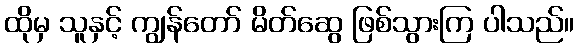
ထိုမှ သူနှင့် ကျွန်တော် မိတ်ဆွေ ဖြစ်သွားကြ ပါသည်။